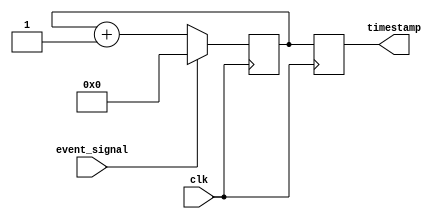
module timer(
    input event_signal,
    input clk,
    output reg [31:0] timestamp
);

reg [31:0] counter;

always @(posedge clk) begin
    if(event_signal == 1'b1) begin
        counter <= 32'h0;
    end else begin
        counter <= counter + 32'h1;
    end
end

always @(posedge clk) begin
    timestamp <= counter;
end

endmodule